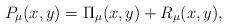
LaTeX: \begin{align*}P_\mu(x,y)=\Pi_\mu(x,y)+R_\mu(x,y),\end{align*}